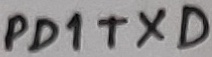
Text: PD1TXD